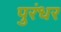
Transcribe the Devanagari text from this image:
पुरंधर